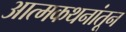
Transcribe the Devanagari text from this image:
आत्मकथनांतून